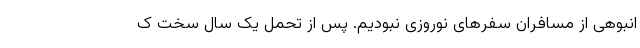
انبوهی از مسافران سفرهای نوروزی نبودیم. پس از تحمل یک سالِ سختِ ک